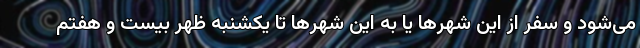
می‌شود و سفر از این شهرها یا به این شهرها تا یکشنبه ظهر بیست و هفتم